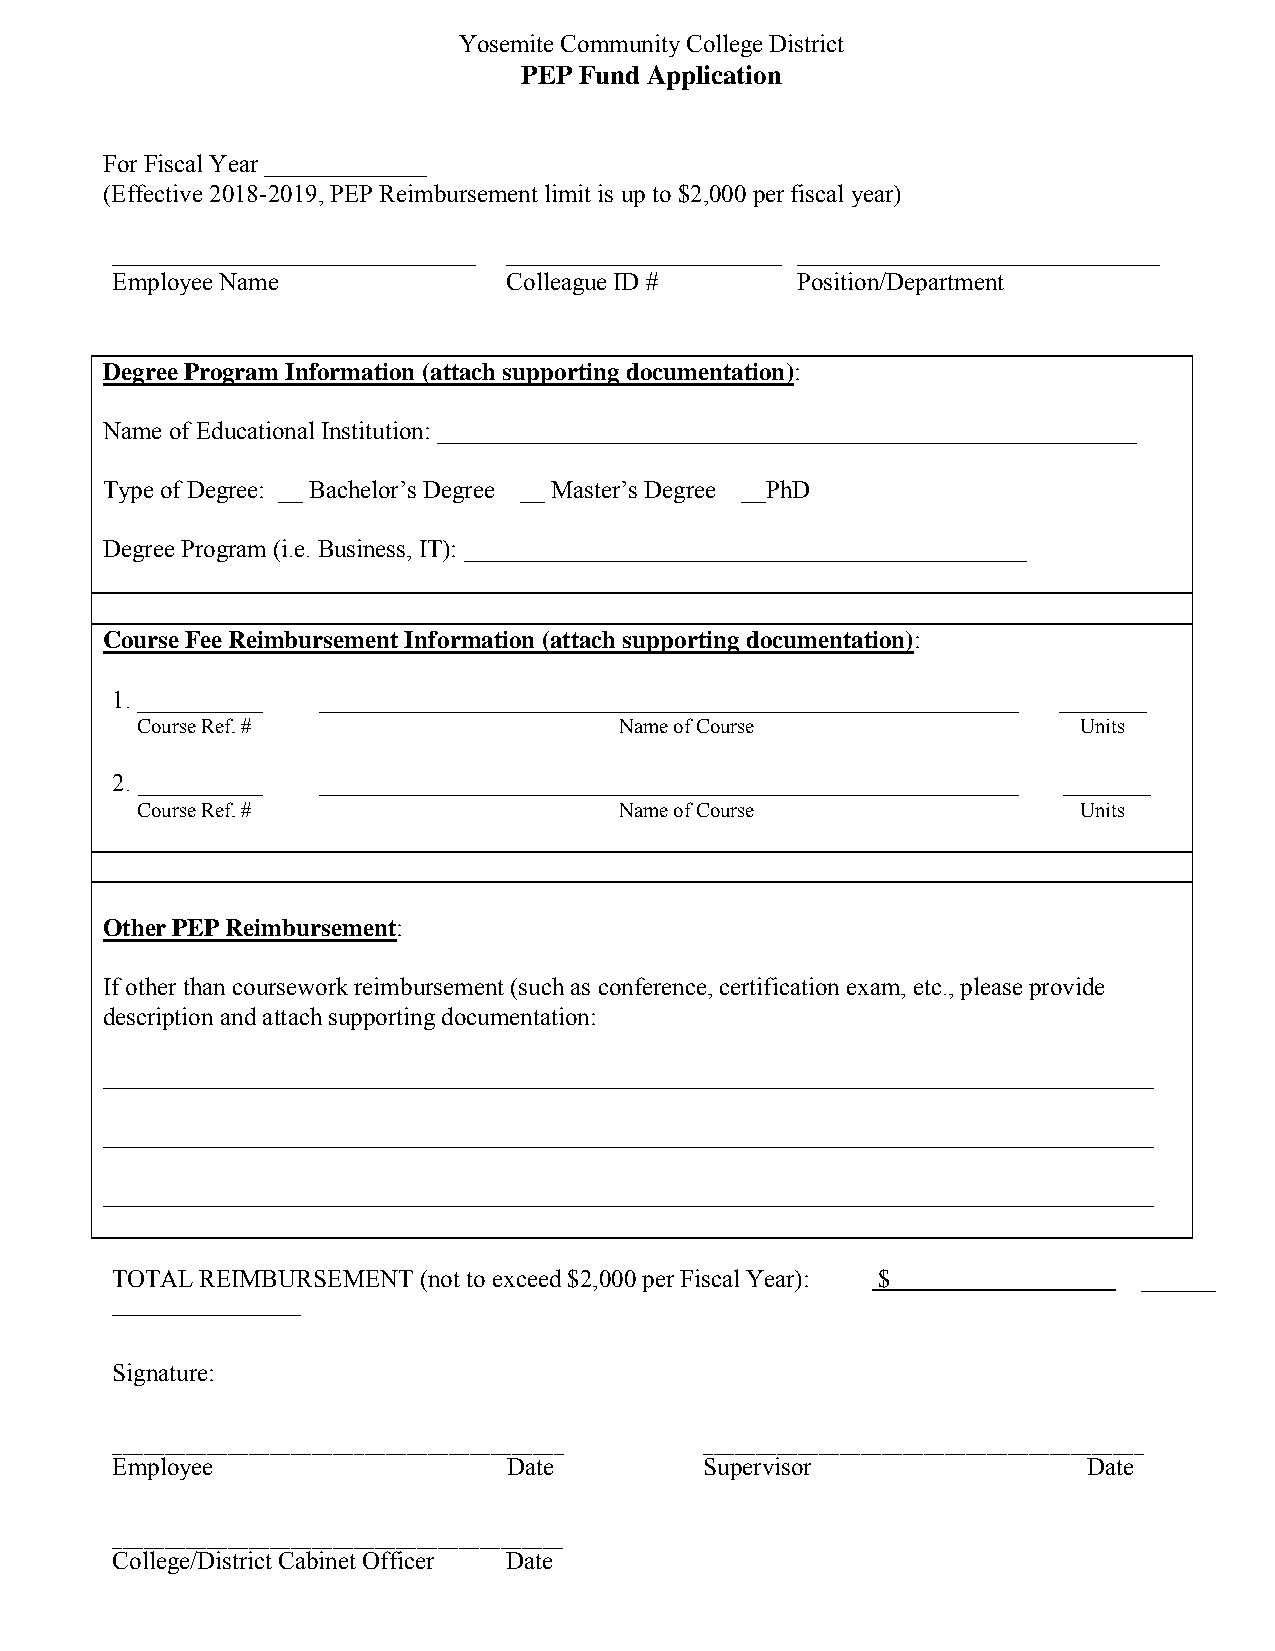
Yosemite Community College District
 PEP Fund Application
 For Fiscal Year _____________
 (Effective 2018-2019, PEP Reimbursement limit is up to $2,000 per fiscal year)
 _____________________________ ______________________ _____________________________
 Employee Name              Colleague ID #     Position/Department
 Degree Program Information (attach supporting documentation):
 Name of Educational Institution: ________________________________________________________
 Type of Degree: __ Bachelor’s Degree __ Master’s Degree __PhD
 Degree Program (i.e. Business, IT): _____________________________________________
 Course Fee Reimbursement Information (attach supporting documentation):
 1. __________ ________________________________________________________ _______
 Course Ref. #                   Name of Course                 Units
 2. __________ ________________________________________________________ _______
 Course Ref. #                   Name of Course                 Units
 Other PEP Reimbursement:
 If other than coursework reimbursement (such as conference, certification exam, etc., please provide
 description and attach supporting documentation:
 ____________________________________________________________________________________
 ____________________________________________________________________________________
 ____________________________________________________________________________________
 TOTAL REIMBURSEMENT  (not to exceed $2,000 per Fiscal Year): $       ______
 _______________
 Signature:
 ___________________________________________ __________________________________________
 Employee                   Date         Supervisor               Date
 ___________________________________________
 College/District Cabinet Officer Date                    _